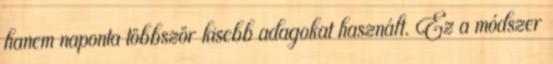
hanem naponta többször kisebb adagokat használt. Ez a módszer